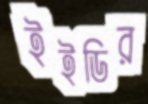
ইইডির